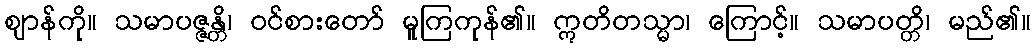
ဈာန်ကို။ သမာပဇ္ဇန္တိ၊ ဝင်စားတော် မူကြကုန်၏။ ဣတိတသ္မာ၊ ကြောင့်။ သမာပတ္တိ၊ မည်၏။